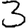
Digit: 3